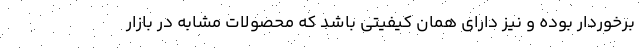
برخوردار بوده و نیز دارای همان کیفیتی باشد که محصولات مشابه در بازار